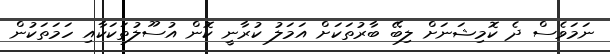
ނަމަވެސް ދެ ކޮމިޝަނަށް ލިބޭ ބާރުތަކަށް އަމަލު ކުރާނީ ކޮން އުސޫލުތަކަކާއި ހަމަތަކުން